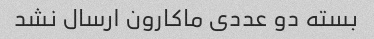
بسته دو عددی ماکارون ارسال نشد